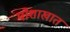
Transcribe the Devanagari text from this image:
पोशाखात